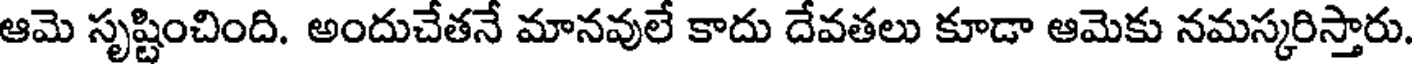
ఆమె సృష్టించింది. అందుచేతనే మానవులే కాదు దేవతలు కూడా ఆమెకు నమస్కరిస్తారు